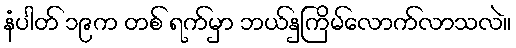
နံပါတ် ၁၉က တစ် ရက်မှာ ဘယ်နှကြိမ်လောက်လာသလဲ။